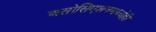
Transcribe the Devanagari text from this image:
असोसिएशनमध्येही